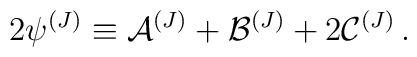
2 {\psi}^{(J)} \equiv {\cal{A}}^{(J)}  +{\cal{B}}^{(J)}  + 2 {\cal{C}}^{(J)} \,.